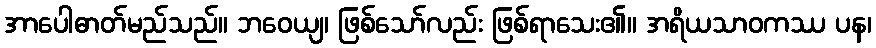
အာပေါဓာတ်မည်သည်။ ဘဝေယျ၊ ဖြစ်သော်လည်း ဖြစ်ရာသေး၏။ အရိယသာဝကဿ ပန၊